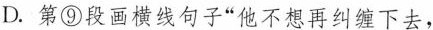
D.第⑨段画横线句子“他不想再纠缠下去，